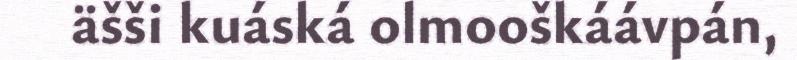
äšši kuáská olmooškáávpán,